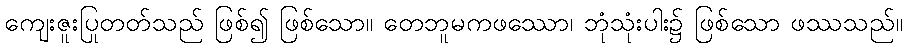
ကျေးဇူးပြုတတ်သည် ဖြစ်၍ ဖြစ်သော။ တေဘူမကဖဿော၊ ဘုံသုံးပါး၌ ဖြစ်သော ဖဿသည်။